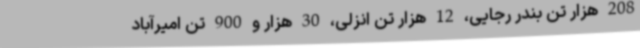
208 هزار تن بندر رجایی، 12 هزار تن انزلی، 30 هزار و 900 تن امیرآباد